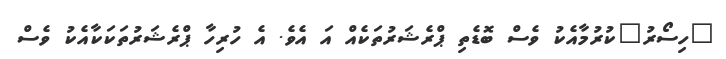
"ހިސޯރު"ކުރުމާއެކު ވެސް ބޮޑެތި ޕްރެޝަރުތަކެއް އަ އެވެ. އެ ހުރިހާ ޕްރެޝަރުތަކަކާއެކު ވެސް